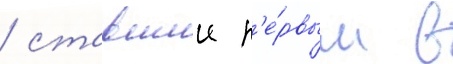
/ ставшии п'е́рвым в